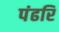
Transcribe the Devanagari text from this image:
पंढरि